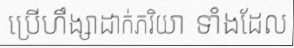
ប្រើហឹង្សាដាក់ភរិយា ទាំងដែល